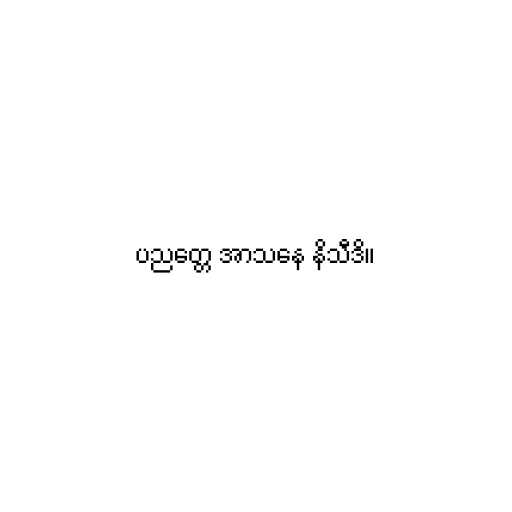
ပညတ္တေ အာသနေ နိသီဒိ။